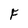
Character: F